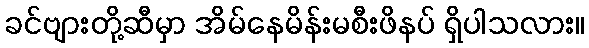
ခင်ဗျားတို့ဆီမှာ အိမ်နေမိန်းမစီးဖိနပ် ရှိပါသလား။